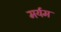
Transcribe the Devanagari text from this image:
मर्यम